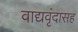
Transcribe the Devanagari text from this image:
वाद्यवृंदासह